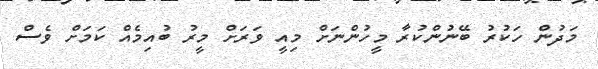
މަދުން ހަކުރު ބޭނުންކުރާ މީހުންނަށް މިއީ ވަރަށް މީރު ބުއިމެއް ކަމަށް ވެސް